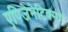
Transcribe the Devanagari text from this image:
एपिजेनेटिक्सचे